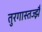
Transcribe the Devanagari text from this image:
तुरगास्तज्झै